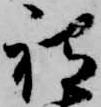
祗